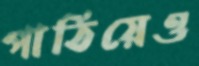
পাঠিয়েও